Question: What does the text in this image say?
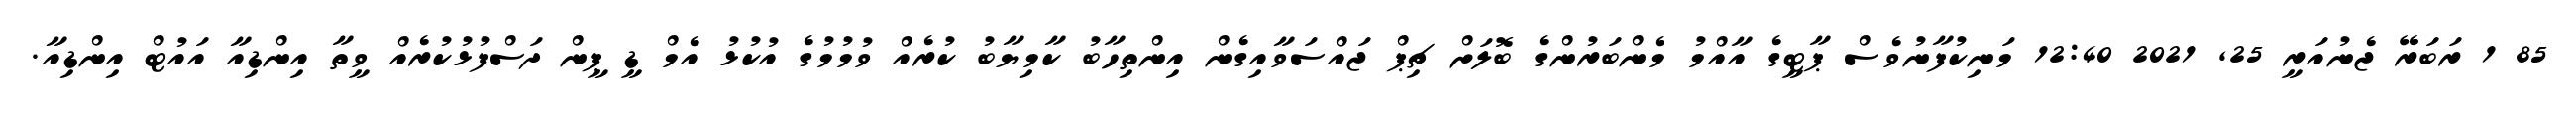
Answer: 85 1 ރަބަރޭ ޖެނުއަރީ 25, 2021 12:40 މަނިކުފާނުވެސް ޕާޓީގެ އާއްމު މެންބަރުންގެ ބޮލަށް ޗިޕް ޖައްސަވާއިގެން އިންތިހާބު ކާމިޔާބު ކުރެއް ވުމުމުގެ އުކުޅު އެމް ޑީ ޕީން ދަސްފުޅުކުރެއް ވީތާ އިންޑިއާ އައުޓް އިންޑިއާ.